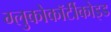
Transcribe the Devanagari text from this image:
ग्लुकोकॉर्टीकोइड